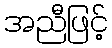
အညီဖြင့်